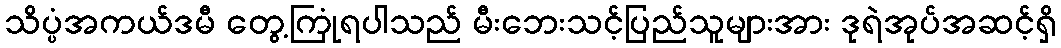
သိပ္ပံအကယ်ဒမီ တွေ့ကြုံရပါသည် မီးဘေးသင့်ပြည်သူများအား ဒုရဲအုပ်အဆင့်ရှိ